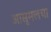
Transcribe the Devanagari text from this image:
आसुमलचा